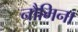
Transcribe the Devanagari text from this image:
नौमिना